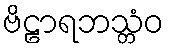
ဗိဠာရဘသ္တံဝ